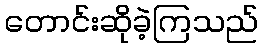
တောင်းဆိုခဲ့ကြသည်